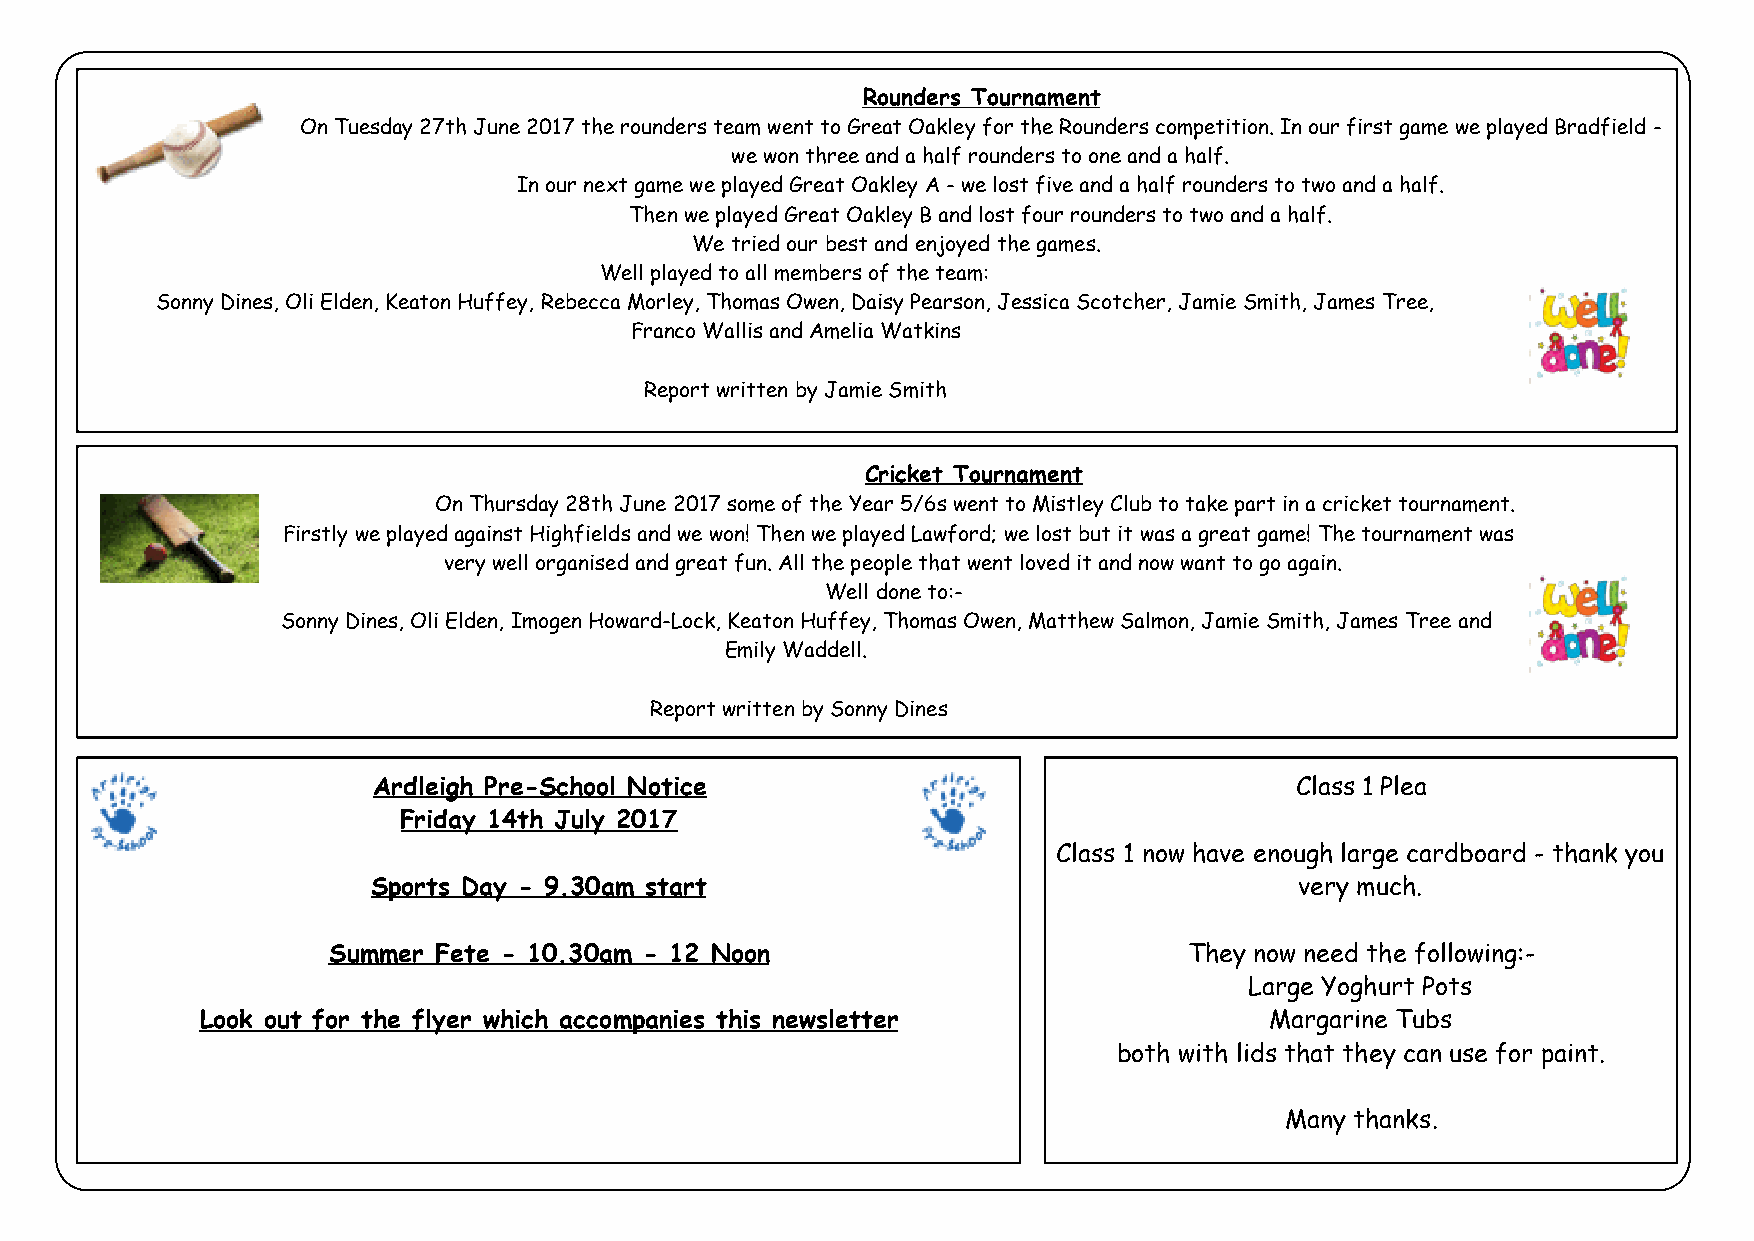
Rounders Tournament
 On Tuesday 27th June 2017 the rounders team went to Great Oakley for the Rounders competition. In our first game we played Bradfield -
 we won three and a half rounders to one and a half.
 In our next game we played Great Oakley A - we lost five and a half rounders to two and a half.
 Then we played Great Oakley B and lost four rounders to two and a half.
 We tried our best and enjoyed the games.
 Well played to all members of the team:
 Sonny Dines, Oli Elden, Keaton Huffey, Rebecca Morley, Thomas Owen, Daisy Pearson, Jessica Scotcher, Jamie Smith, James Tree,
 Franco Wallis and Amelia Watkins
 Report written by Jamie Smith
 Cricket Tournament
 On Thursday 28th June 2017 some of the Year 5/6s went to Mistley Club to take part in a cricket tournament.
 Firstly we played against Highfields and we won! Then we played Lawford; we lost but it was a great game! The tournament was
 very well organised and great fun. All the people that went loved it and now want to go again.
 Well done to:-
 Sonny Dines, Oli Elden, Imogen Howard-Lock, Keaton Huffey, Thomas Owen, Matthew Salmon, Jamie Smith, James Tree and
 Emily Waddell.
 Report written by Sonny Dines
 Ardleigh Pre-School Notice                                   Class 1 Plea
 Friday 14th July 2017
 Class 1 now have enough large cardboard - thank you
 Sports Day - 9.30am start                                    very much.
 Summer Fete - 10.30am - 12 Noon                          They now need the following:-
 Large Yoghurt Pots
 Look out for the flyer which accompanies this newsletter               Margarine Tubs
 both with lids that they can use for paint.
 Many thanks.